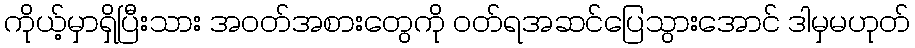
ကိုယ့်မှာရှိပြီးသား အဝတ်အစားတွေကို ဝတ်ရအဆင်ပြေသွားအောင် ဒါမှမဟုတ်